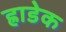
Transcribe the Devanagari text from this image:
ह्राडेक